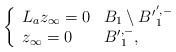
LaTeX: \begin{align*} \left\{ \begin{array}{ll} L_a z_\infty= 0 & B_1\setminus {B'}_1^{',-}\\ z_\infty= 0 & {B'}_1^{,-},\end{array} \right.\end{align*}